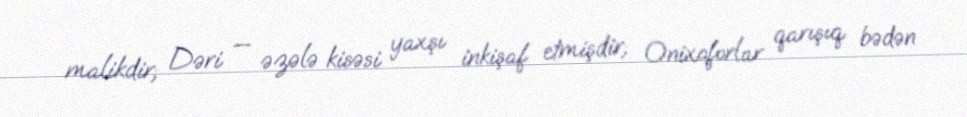
malikdir; Dəri — əzələ kisəsi yaxşı inkişaf etmişdir; Onixoforlar qarışıq bədən